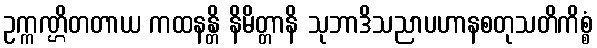
ဥက္ကဏ္ဌိတတာယ ကထနန္တိ နိမိတ္တာနိ သုဘာဒိသညာပဟာနစတုသတိကိစ္စံ